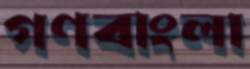
গণবাংলা